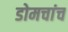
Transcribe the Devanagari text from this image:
डोमचांच